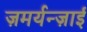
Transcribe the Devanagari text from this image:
ज़मर्यन्ज़ाई